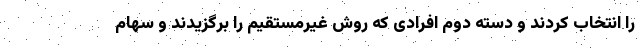
را انتخاب کردند و دسته دوم افرادی که روش غیرمستقیم را برگزیدند و سهام